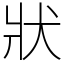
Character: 狀